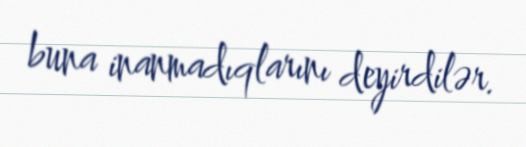
buna inanmadıqlarını deyirdilər.